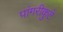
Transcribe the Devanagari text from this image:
पांगरीकुटे